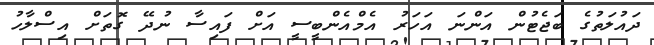
ދައުލަތުގެ ބަޖެޓުން އަންނަ އަހަރު އެމްއެންބީސީ އަށް ފައިސާ ނުދޭ ގޮތަށް އިސްލާހު